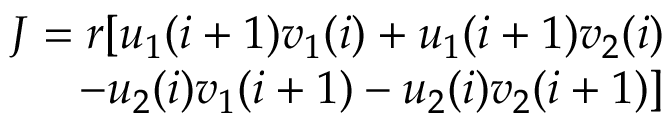
\begin{array} { r } { J = r [ u _ { 1 } ( i + 1 ) v _ { 1 } ( i ) + u _ { 1 } ( i + 1 ) v _ { 2 } ( i ) } \\ { - u _ { 2 } ( i ) v _ { 1 } ( i + 1 ) - u _ { 2 } ( i ) v _ { 2 } ( i + 1 ) ] } \end{array}